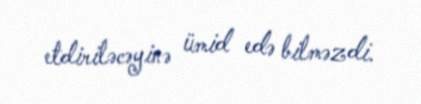
etdiriləcəyinə ümid edə bilməzdi.